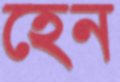
হেন